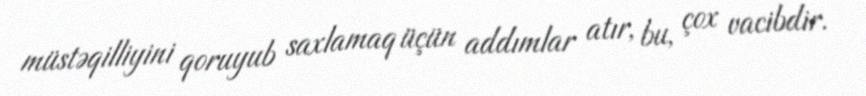
müstəqilliyini qoruyub saxlamaq üçün addımlar atır, bu, çox vacibdir.